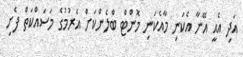
އަދި އެއީ އޭނާ އެކަނި މާއެކަނި މޮންޓް ބްލެންކަށް އެރުމުގެ މަސައްކަތް ފެށި